Annual report of the Civil Veterinary Department, Bengal, for the year 1898-99 - 1898-1899
Year: 1898
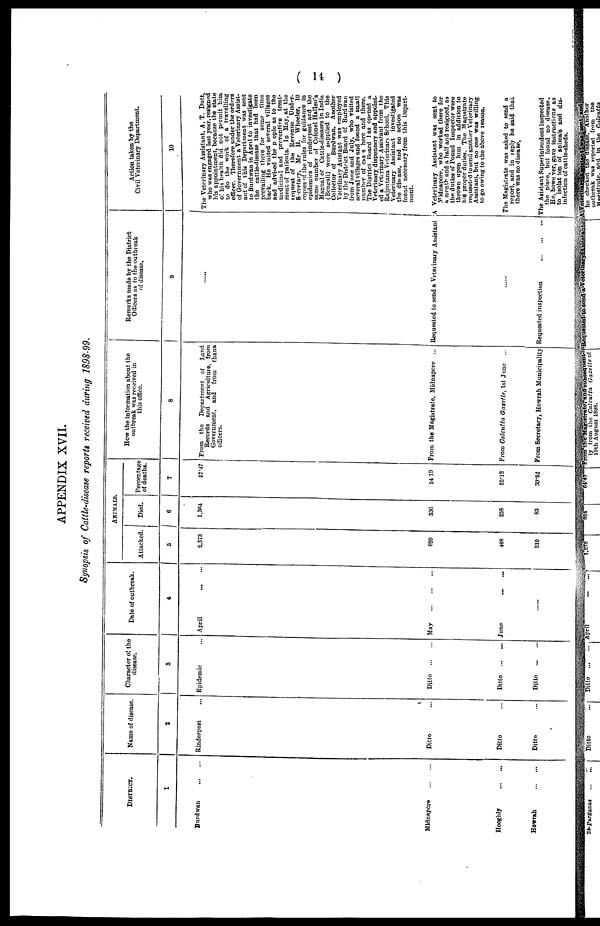
( 14 )
APPENDIX XVII.
Synopsis of Cattle-disease reports received during 1898-99.
DISTRICT.
1
Burdwan
...
...
Midnapore
...
...
Hooghly
...
...
Howrah
...
...
Name of disease.
2
Rinderpest ...
Ditto ...
Ditto...
Ditto...
Character of the
disease.
3
Epidemic ...
Ditto
...
...
Ditto
...
...
Ditto
...
...
Date of outbreak.
4
April
...
...
May
...
...
...
June
...
...
......
ANIMALS.
Attacked.
5
2,373
620
468
210
Died.
6
1,364
336
258
83
Percentage
of deaths.
7
67.47
54 19
65. 12
39. 52
How the information about the
outbreak was received in
this office.
8
From the Department of Land
Records and Agriculture, from
Government, and from thana
officers.
From the Magistrate, Midnapcre ...
From Calcutta Gasetle, 1st June ...
From Secretary, Howrah Municipality
Remarks made by the District
Officers as to the outbreak
of disease.
9
......
Requested to send a Veterinary Assistant
......
Requested inspection
...
...
...
Action taken by the
Civil Veterinary Department.
10
The Veterinary Assistant, A, T. Dutt,
who was engaged last year, resigned
his appointment, because the state
Of his health did not permit him
to do the work of a travelling
officer Therefore under the orders
of Government a Veterinary Assist-
ant of this Department was sent
to Burdwan in April to investigate
the cattle-disease that had been
provailing there for some time
back. He visited several villages
and advised the pople as to the
medicinal and preventive treat-
ment of patients. In May, at the
request of the Revenue Under-
Scretary,
Mr H. Wheeler, 10
copies of the rules for guidance in
epidemics of rinderpest and the
same number of Colonel Hallen' s
Manual of Cattle-diseases in India
(Bengali) were supplied to the
Collector of Burdwan. Another
Veterinary Asistant was employed
by the District Board of Burdwan
from June and July, who visited
several villages and found a small
number of cases here and there.
The District Board has opened a
Veterinary dispensary and appoint-
ed a Veterinary Assistant from the
Rajputana Veterinary School. This
Veterinary Assistant investigated
the disease, and no action was
found necessary from this Depart-
ment.
A Veterinary Assistant was sent to
Midnapore, who worked there for
a month and a half and resigned, as
the duties of Pound Inspector were
thrown upon him in addition to
his proper duties. The Magistrate
requested to send another Veterinary
Assistant, but no one was willing
to go owing to the above reason.
The Magistrate was asked to send a
report, and in reply he said that
there was no disease.
The Asistant Superintendent Inspected
the place, but found no disease.
He, however, gave instructions as
to isolat ion of animals and dis-
infection of cattle-sheds.